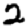
Digit: 2